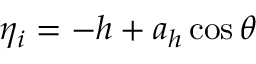
\eta _ { i } = - h + a _ { h } \cos \theta